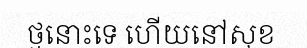
ថ្មនោះទេ ហើយនៅសុខ